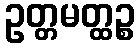
ဥတ္တမတ္ထဉ္စ